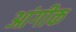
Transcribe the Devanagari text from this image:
आंगीक